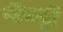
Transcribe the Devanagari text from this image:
पीचट्री